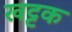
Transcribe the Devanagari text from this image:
खट्टक